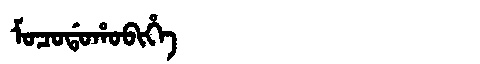
Manchu: ᠮᠣᠴᠣᡩᠣᡥᠣᠪᡳᡥᡝ
Romanization: MOCODOHOBIHE